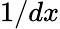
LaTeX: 1/dx